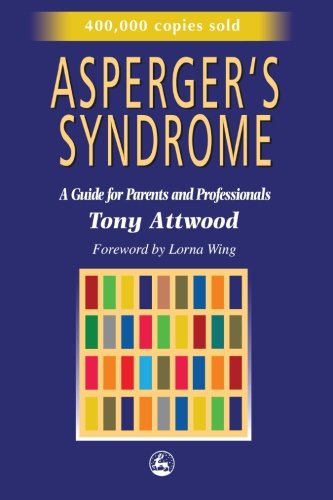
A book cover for Asperger's Syndrome: A Guide for Parents and Professionals; Tony Attwood; Parenting & Relationships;